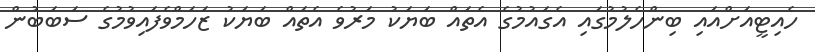
ހެއިޓީއަށްއައި ބިންހެލުމުގައި އެގައުމުގެ އެތައް ބަޔަކު މަރުވެ އެތައް ބަޔަކު ޒަހަމްވެފައިވުމުގެ ސަބަބުން